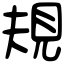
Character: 規